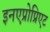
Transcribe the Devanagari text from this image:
इनएप्रोप्रिएट